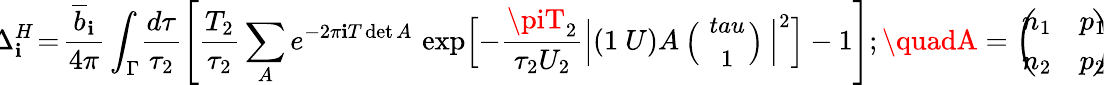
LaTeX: \! \! \Delta_{\mathbf{i}}^{H}\! =\! \frac{{\overline{{{{b}}}}_{\mathbf{i}}}}{{4\pi}}\int_{\Gamma}\! \frac{{d\tau}}{{\tau_{2}}}\left[\frac{{T_{2}}}{{\tau_{2}}}\sum_{A}e^{-2\pi\mathbf{i}T\operatorname*{det}A}\, \exp\Bigl[{-\frac{{\piT_{2}}}{{\tau_{2}U_{2}}}\Bigl\vert(1~U)A\mathrm{{\small~\Bigl(\! \! ~\begin{array}{c}{{~\ tau~}}\\ {{~1}}\end{array}~\! \! \Bigl)~}}\Bigr\vert^{2}}\Bigr]-1\right];\quadA=\left(\! \! \! \begin{array}{cc}{{n_{1}}}&{{p_{1}}}\\ {{n_{2}}}&{{p_{2}}}\end{array}\! \! \! \right)\! \!